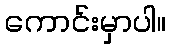
ကောင်းမှာပါ။